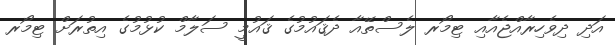
އަދި ދިވެހިރާއްޖެއާއި ޓިމޯރ ލެސްތޭއާ ދެޤައުމުގެ ޤައުމީ ސަލާމް ކުޅުމުގެ އިތުރަށް ޓިމޯރ